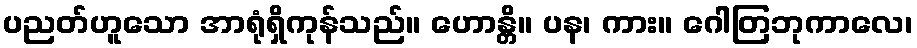
ပညတ်ဟူသော အာရုံရှိကုန်သည်။ ဟောန္တိ။ ပန၊ ကား။ ဂေါတြဘုကာလေ၊